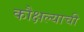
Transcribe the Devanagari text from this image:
कौक्षल्याची